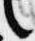
言